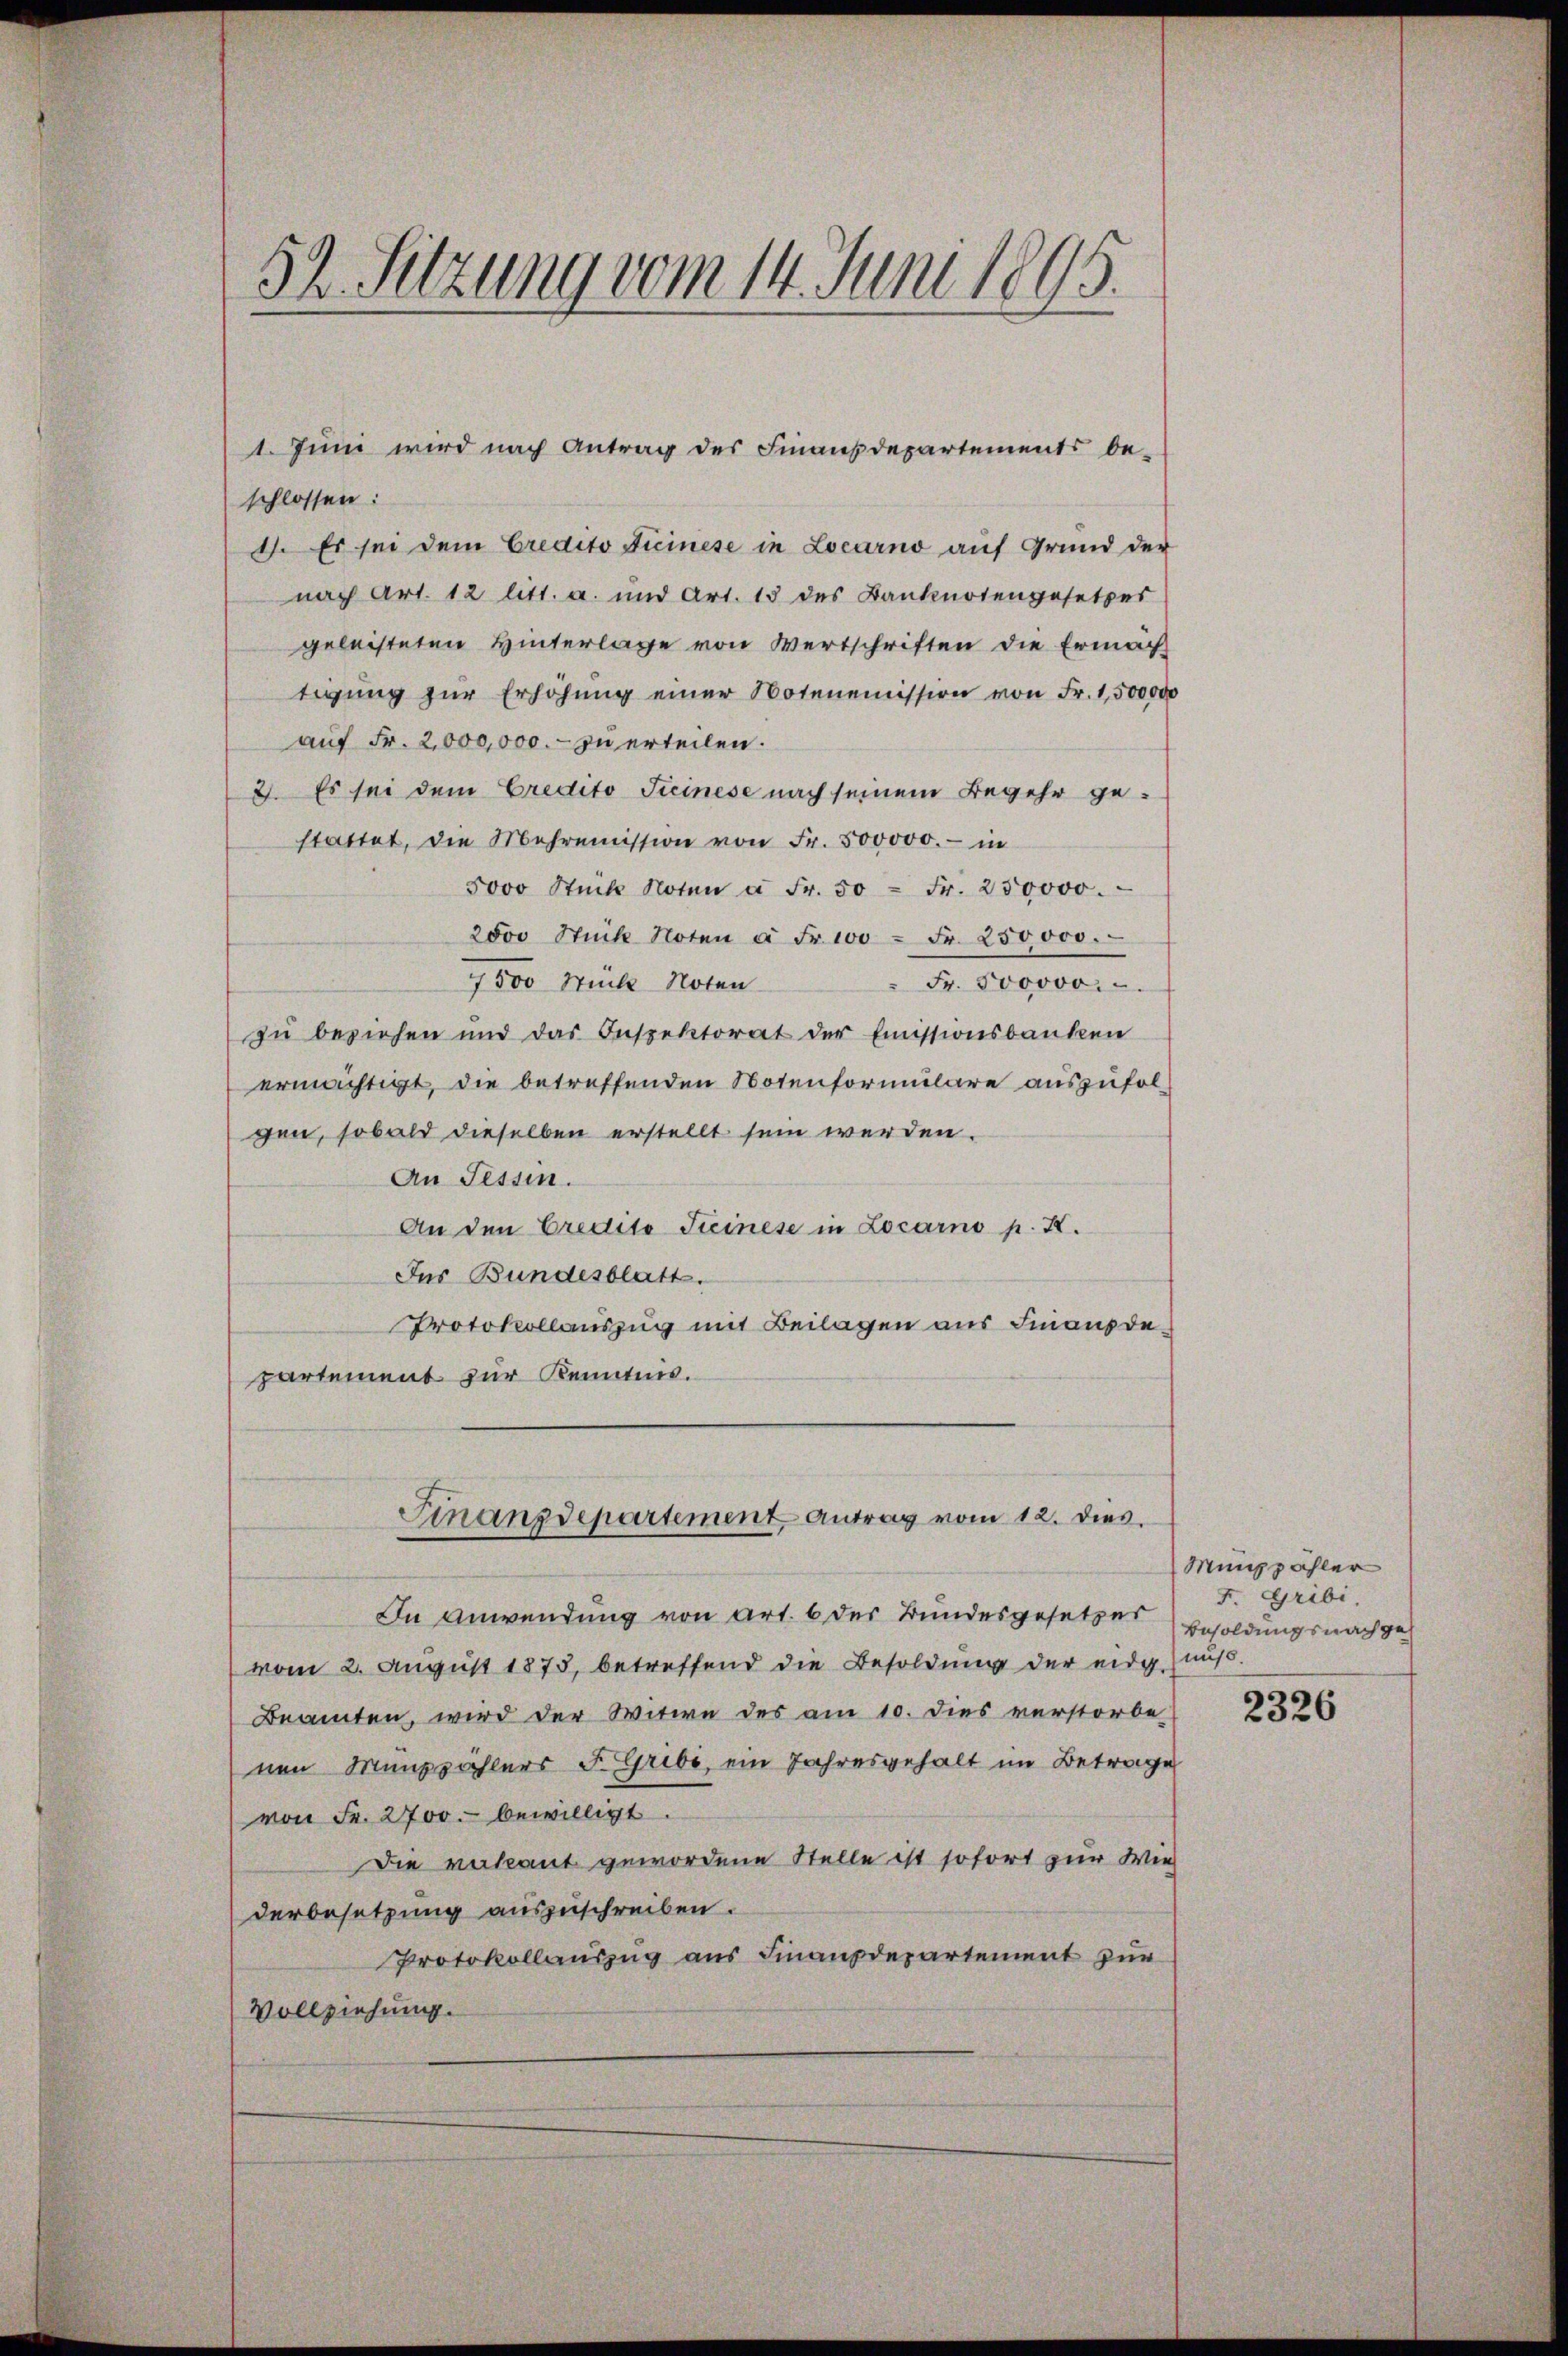
n
52. Sitzung vom 14. Juni 1895.

schlossen:
4. Es sei dem Credito Ticinese in Locarno auf Grund der
nach Art. 12 litt. a. und Art. 15 des Banknotengesetzes
geleisteten Hinterlage von Wertschriften die Ermach
tigung zŭr Erhöhŭng einer Notenemission von Fr. 1,500,000
auf Fr. 2,000,000.- zu erteilen.
3. Es sei dem Credito Ticinese nach seinem Begehr gestattet, die Mehrenission von Fr. 500000.- in
5000 Stück Noten à Fr. 50 Fr. 250000.
2000 Stück Noten à Fr. 100 = Fr. 250000.
7500 Stücke Noten
Fr. 500000.
zu beziehen und das Inspektorat der Emissionsbanken
ermächtigt, die betreffenden Notenformulare auszufolgen, sobald dieselben erstellt sein werden.
An Fessen.
An den Credito Steinese in Locarno p. K.
Jus Bundesblatt.
Protokollauszug mit Beilagen aus Finanzdepartement zur Kenntnis.
Finanzdepartement Antrag vom 12. dies
In Anwendung von Art. 6 der Bundesgesetzer
vom 2. August 1875, betreffend die Besoldung der eidg.
Beamten, wird der Witwe des am 10. dies verstorbe
nen Minzahlers F. Gribi, ein Jahresgehalt im Betrage
von Fr. 2700.- bewilligt.
Die vakant gewordene Stelle ist sofort zur Wie
derbesetzung auszuschreiben.
Protokollauszug aus Finanzdepartement zur
Vollziehung.

1. Juni wird nach Antrag des Finanzdepartement be-

Münzähler
F. Gribi
Besoldungsnachgemuss.

2326